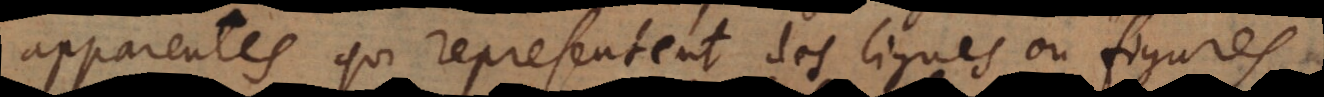
apparentes qui representent des lignes ou figures